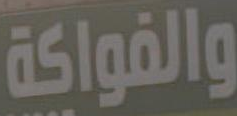
والفواكة